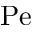
\mathrm { P e }